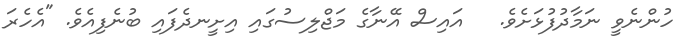
ހުންނެވީ ނަމާދުފުޅަށެވެ.   އައިސް އޭނާގެ މަޖްލިސުގައި އިށީނދެފައި ބުނެފިއެވެ. "އެހެރަ